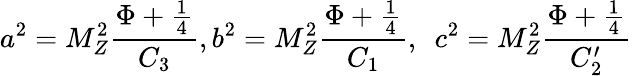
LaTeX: a^{2}=M_{Z}^{2}\frac{\Phi+\frac{1}{4}}{C_{3}},b^{2}=M_{Z}^{2}\frac{\Phi+\frac{1}{4}}{C_{1}},~~c^{2}=M_{Z}^{2}\frac{\Phi+\frac{1}{4}}{C_{2}^{\prime}}